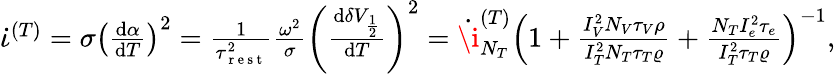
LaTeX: \begin{array}{r}{\dot{\iota}^{(T)}=\sigma\left(\frac{\mathrm{d}\alpha}{\mathrm{d}T}\right)^{2}=\frac{1}{\tau_{\mathrm{~r~e~s~t~}}^{2}}\frac{\omega^{2}}{\sigma}\left(\frac{\mathrm{d}\delta V_{\frac{1}{2}}}{\mathrm{d}T}\right)^{2}=\dot{\i}_{N_{T}}^{(T)}\left(1+\frac{I_{V}^{2}N_{V}\tau_{V}\rho}{I_{T}^{2}N_{T}\tau_{T}\varrho}+\frac{N_{T}I_{e}^{2}\tau_{e}}{I_{T}^{2}\tau_{T}\varrho}\right)^{-1},}\end{array}